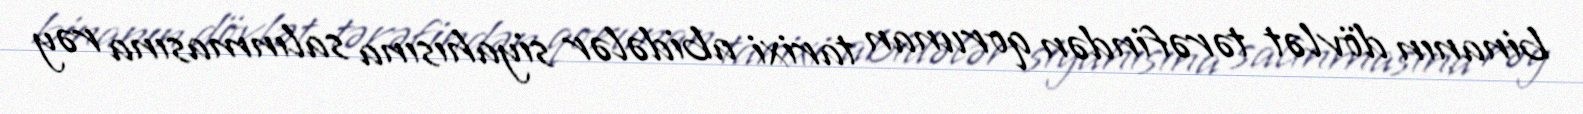
binanın dövlət tərəfindən qorunan tarixi abidələr siyahısına salınmasına rəy